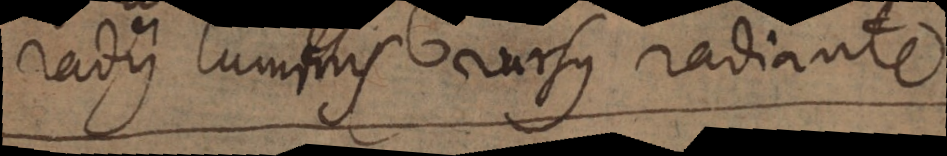
radii luminis rursus radiante